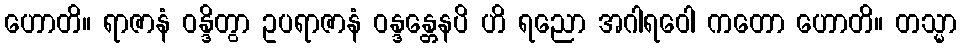
ဟောတိ။ ရာဇာနံ ဝန္ဒိတွာ ဥပရာဇာနံ ဝန္ဒန္တေနပိ ဟိ ရညော အဂါရဝေါ ကတော ဟောတိ။ တသ္မာ